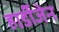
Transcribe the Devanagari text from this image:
हार्डीजेन